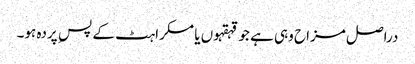
دراصل مزاح وہی ہے جو قہقہوں یا مسکراہٹ کے پس ِ پردہ ہو۔